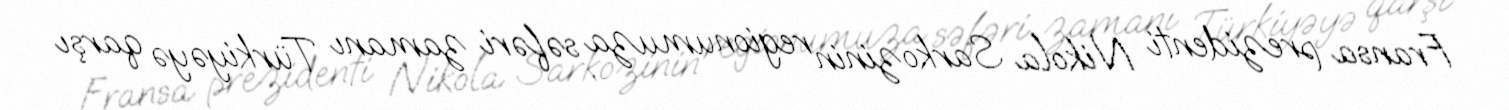
Fransa prezidenti Nikola Sarkozinin regionumuza səfəri zamanı Türkiyəyə qarşı